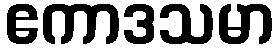
ဧကာဒသမာ